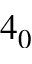
4 _ { 0 }